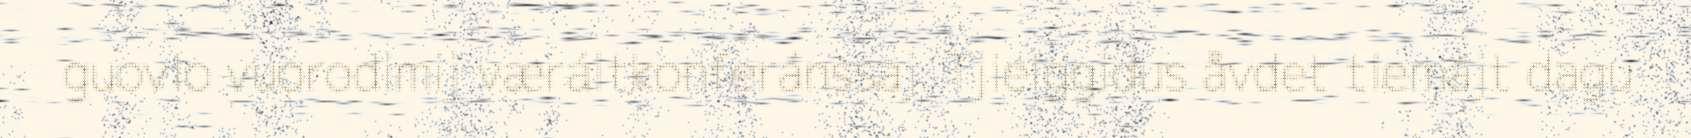
guovlo vuorodimij væráltkonferánssaj. Tjielggidus åvdet tiemájt dagu